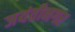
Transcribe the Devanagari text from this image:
जयंतीनगर